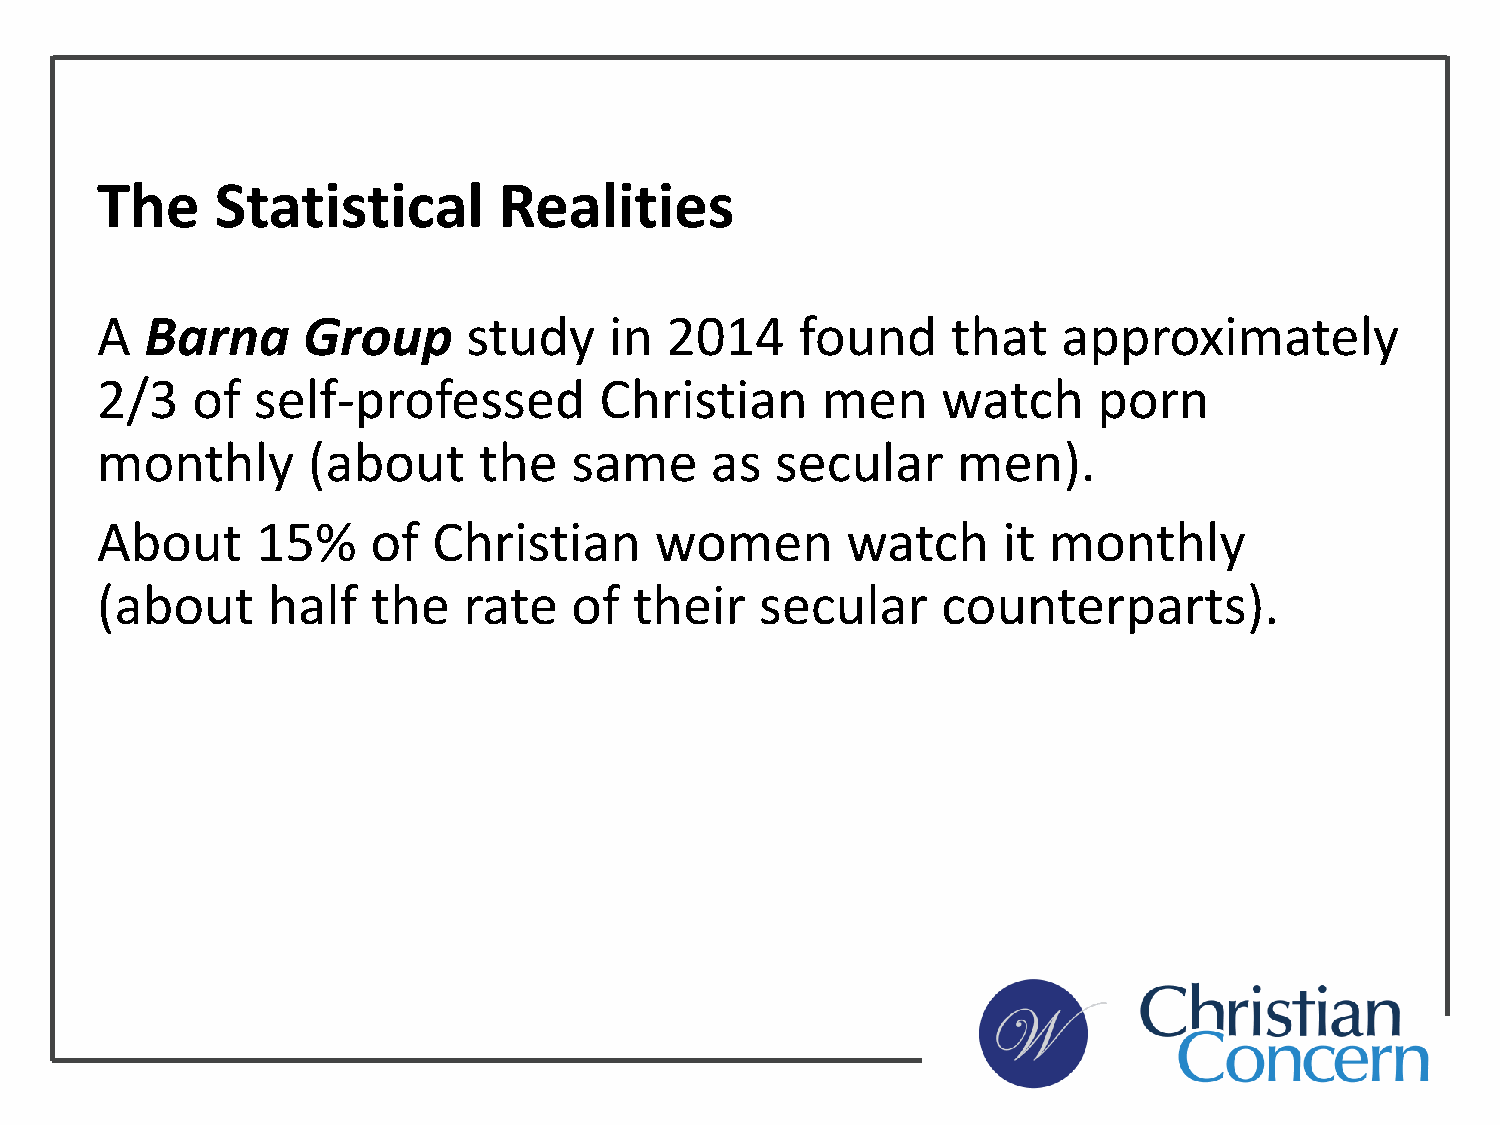
The     Statistical        Realities
 A   Barna     Group      study    in  2014     found     that   approximately
 2/3    of  self-professed         Christian     men     watch      porn
 monthly       (about      the   same     as  secular     men).
 About      15%     of  Christian     women        watch     it monthly
 (about      half   the   rate   of  their   secular     counterparts).